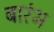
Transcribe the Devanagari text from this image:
बारंभ